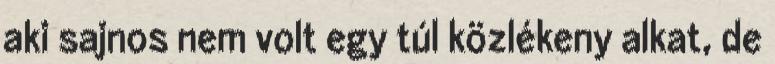
aki sajnos nem volt egy túl közlékeny alkat, de